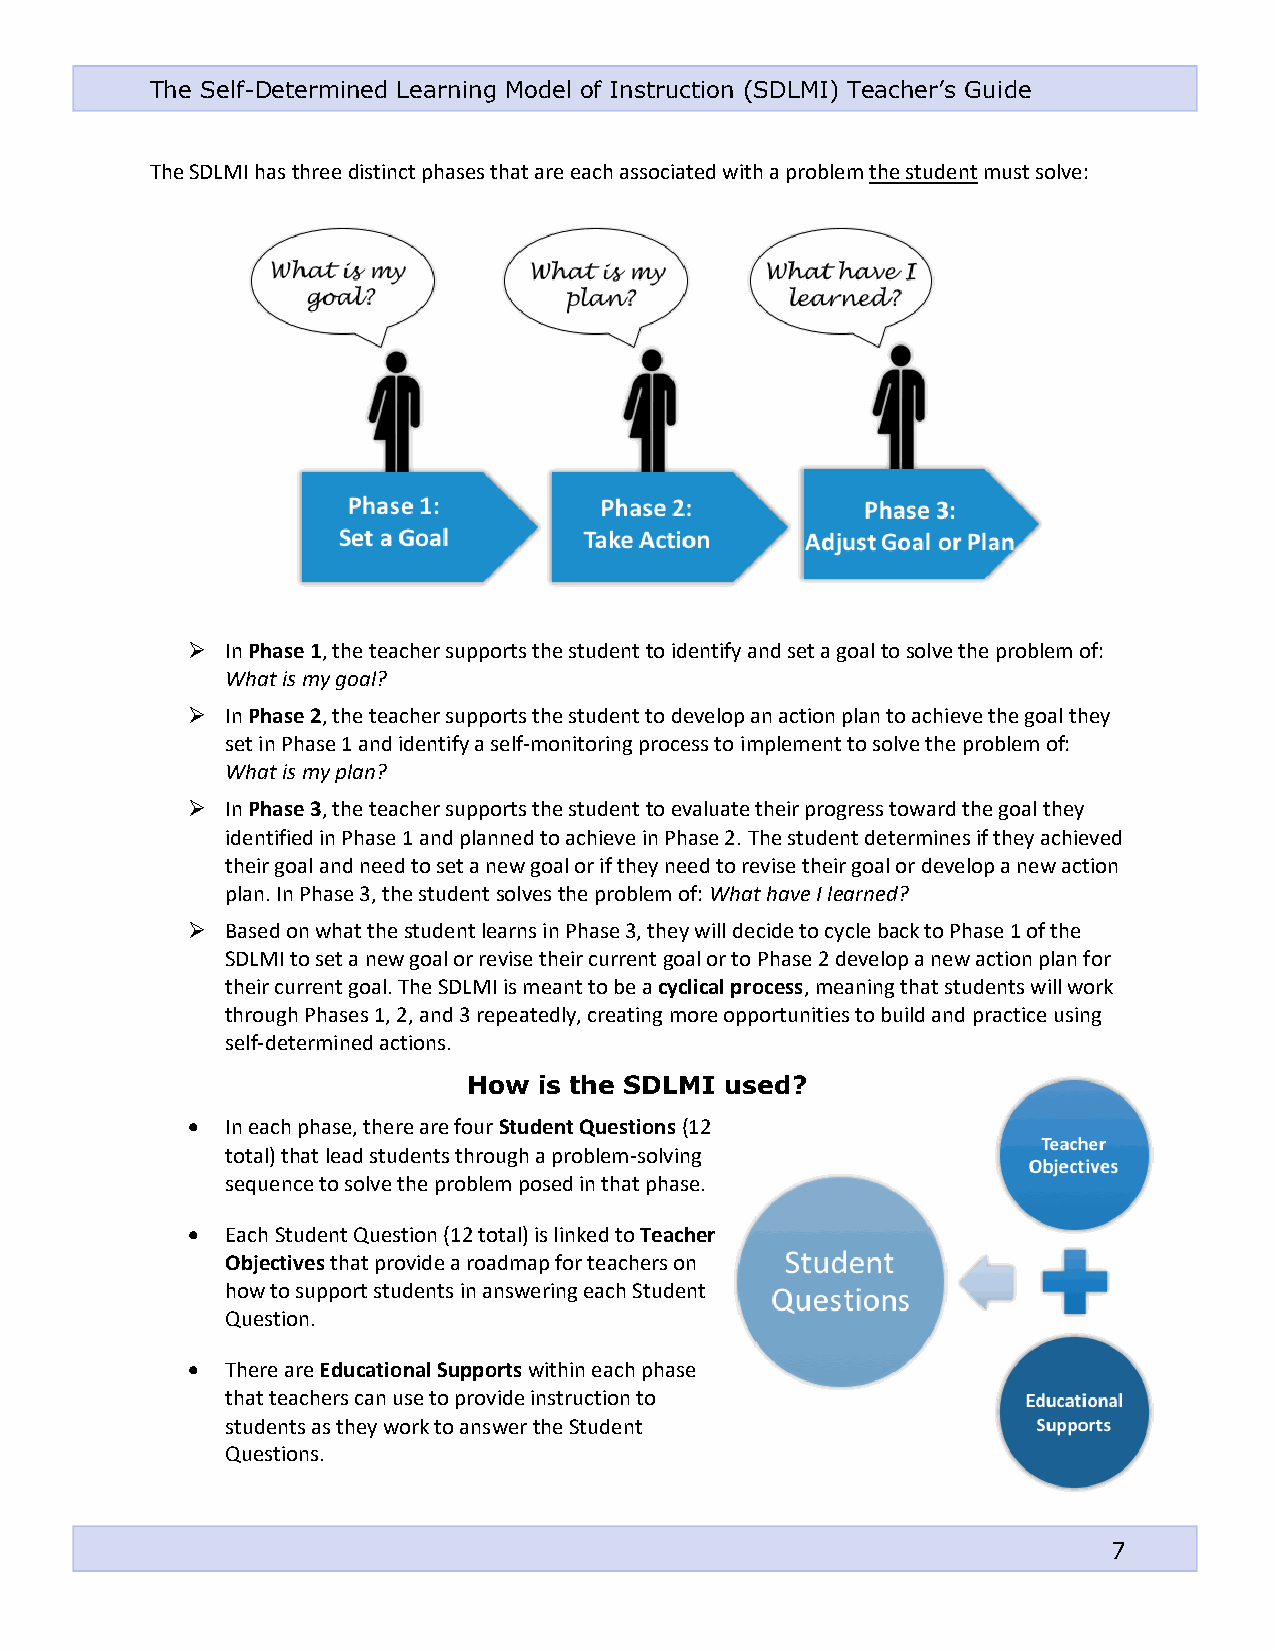
The Self-Determined Learning Model of Instruction (SDLMI) Teacher’s Guide
 The SDLMI has three distinct phases that are each associated with a problem the student must solve:
 ➢  In Phase 1, the teacher supports the student to identify and set a goal to solve the problem of:
 What is my goal?
 ➢  In Phase 2, the teacher supports the student to develop an action plan to achieve the goal they
 set in Phase 1 and identify a self-monitoring process to implement to solve the problem of:
 What is my plan?
 ➢  In Phase 3, the teacher supports the student to evaluate their progress toward the goal they
 identified in Phase 1 and planned to achieve in Phase 2. The student determines if they achieved
 their goal and need to set a new goal or if they need to revise their goal or develop a new action
 plan. In Phase 3, the student solves the problem of: What have I learned?
 ➢  Based on what the student learns in Phase 3, they will decide to cycle back to Phase 1 of the
 SDLMI to set a new goal or revise their current goal or to Phase 2 develop a new action plan for
 their current goal. The SDLMI is meant to be a cyclical process, meaning that students will work
 through Phases 1, 2, and 3 repeatedly, creating more opportunities to build and practice using
 self-determined actions.
 How  is the SDLMI used?
 •  In each phase, there are four Student Questions (12
 total) that lead students through a problem-solving
 sequence to solve the problem posed in that phase.
 •  Each Student Question (12 total) is linked to Teacher
 Objectives that provide a roadmap for teachers on
 how to support students in answering each Student
 Question.
 •  There are Educational Supports within each phase
 that teachers can use to provide instruction to
 students as they work to answer the Student
 Questions.
 7